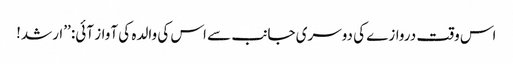
اس وقت دروازے کی دوسری جانب سے اس کی والدہ کی آواز آئی: ’’ارشد!